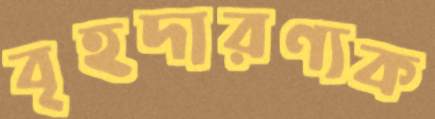
বৃহদারণ্যক